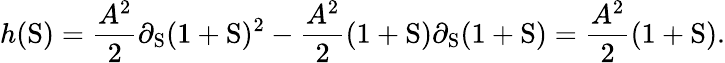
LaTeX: h(\mathrm{S})=\frac{A^{2}}{2}\partial_{\mathrm{S}}(1+\mathrm{S})^{2}-\frac{A^{2}}{2}(1+\mathrm{S})\partial_{\mathrm{S}}(1+\mathrm{S})=\frac{A^{2}}{2}(1+\mathrm{S}).